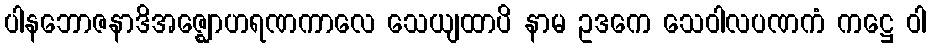
ပါနဘောဇနာဒိအဇ္ဈောဟရဏကာလေ သေယျထာပိ နာမ ဥဒကေ သေဝါလပဏကံ ကဋ္ဌေ ဝါ